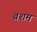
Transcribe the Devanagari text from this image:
बशम